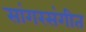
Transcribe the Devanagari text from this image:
सांगरसंगीत